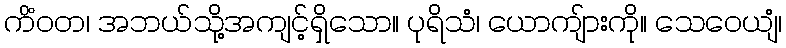
ကိံဝတ၊ အဘယ်သို့အကျင့်ရှိသော။ ပုရိသံ၊ ယောကျ်ားကို။ သေဝေယျံ၊